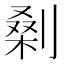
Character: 𭄅